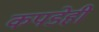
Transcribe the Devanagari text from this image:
कपडेही